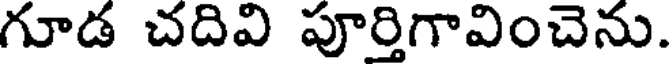
గూడ చదివి పూర్తిగావించెను.